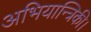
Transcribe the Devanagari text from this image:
अभियान्त्रिकी।